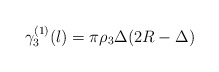
\begin{align*}\gamma_{3}^{(1)}(l)=\pi{\rho_{3}}\Delta(2R-\Delta)\end{align*}